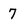
Character: 7